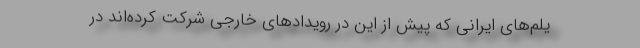
یلم‌های ایرانی که پیش از این در رویدادهای خارجی شرکت کرده‌اند در